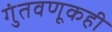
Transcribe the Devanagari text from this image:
गुंतवणूकही